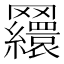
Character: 𦍃